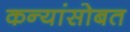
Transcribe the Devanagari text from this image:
कन्यांसोबत